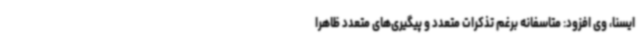
ایسنا، وی افزود: متاسفانه برغم تذکرات متعدد و پیگیری‌های متعدد ظاهراً